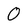
Character: 0